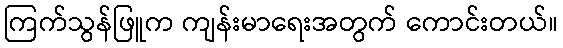
ကြက်သွန်ဖြူက ကျန်းမာရေးအတွက် ကောင်းတယ်။